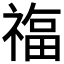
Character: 𮂊